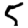
Digit: 5